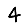
Digit: 4